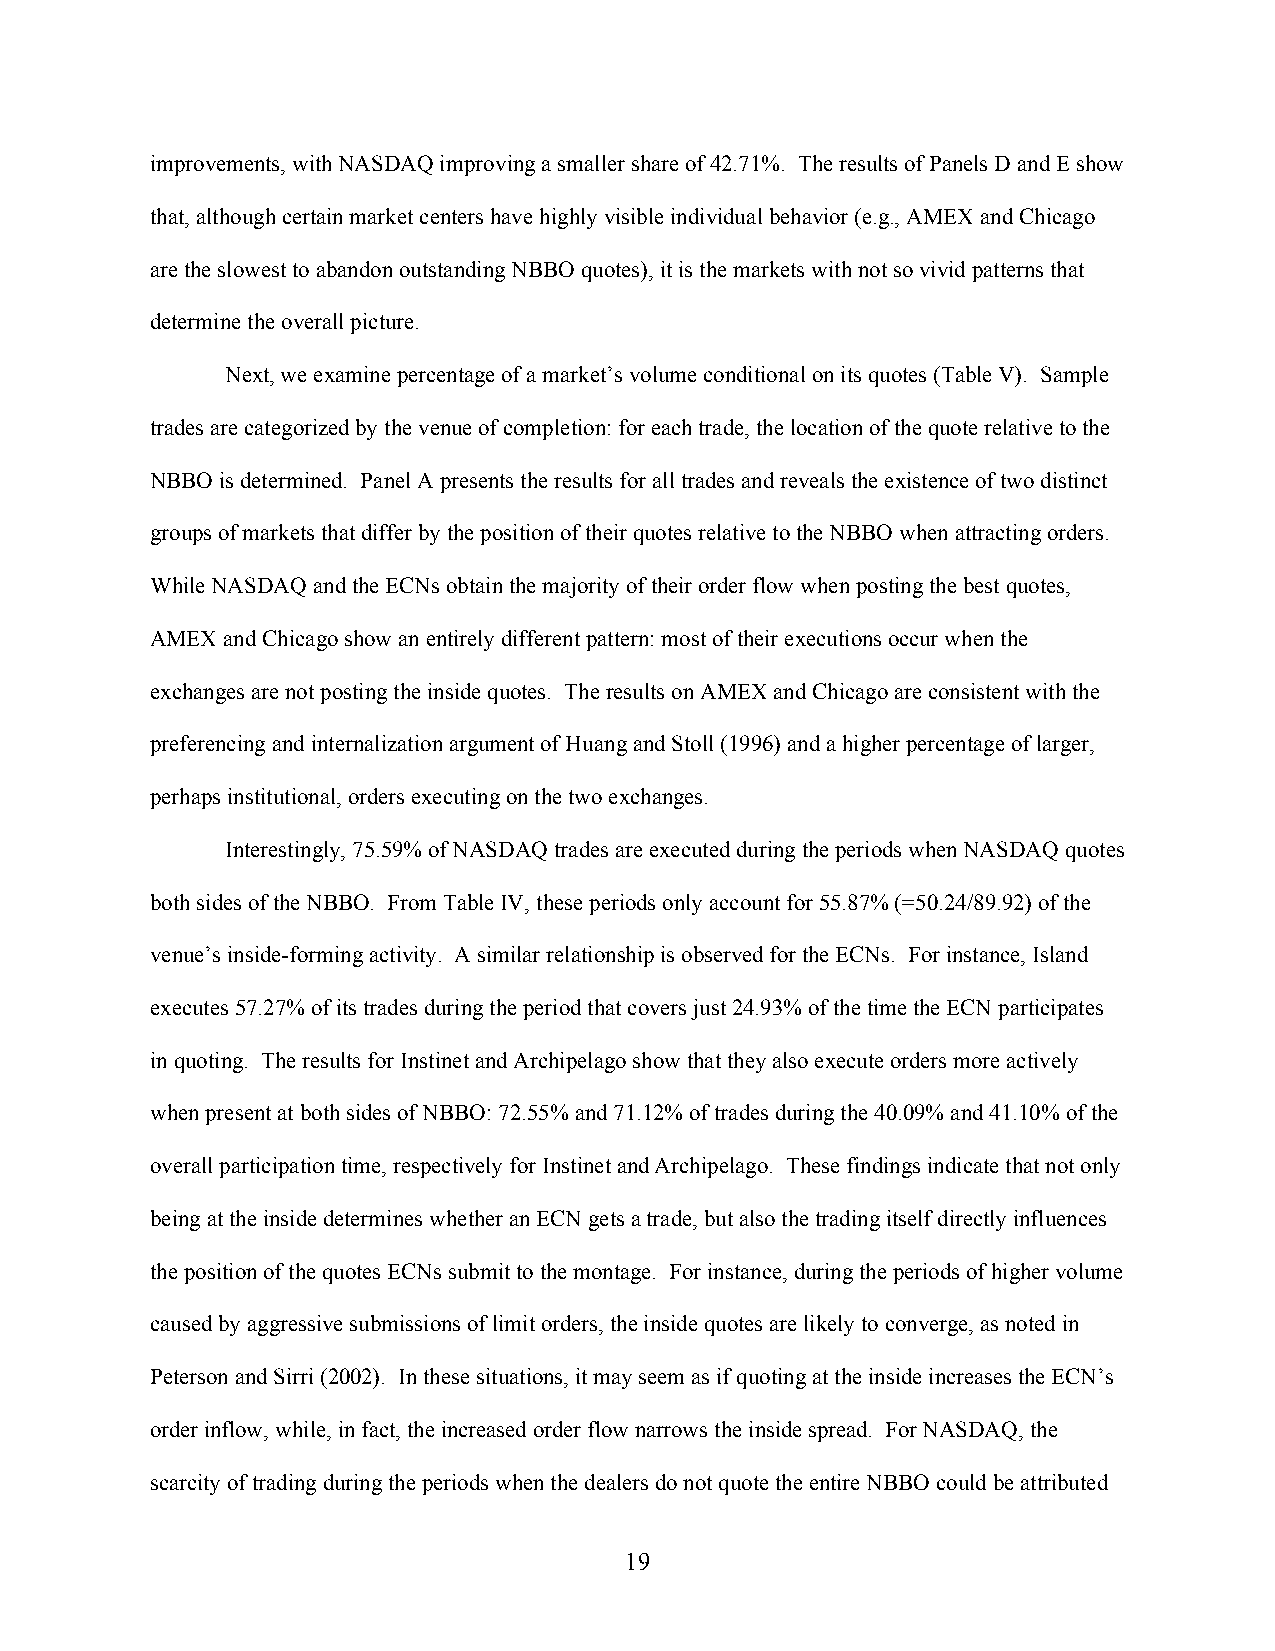
improvements, with NASDAQ improving a smaller share of 42.71%. The results of Panels D and E show
 that, although certain market centers have highly visible individual behavior (e.g., AMEX and Chicago
 are the slowest to abandon outstanding NBBO quotes), it is the markets with not so vivid patterns that
 determine the overall picture.
 Next, we examine percentage of a market’s volume conditional on its quotes (Table V). Sample
 trades are categorized by the venue of completion: for each trade, the location of the quote relative to the
 NBBO is determined. Panel A presents the results for all trades and reveals the existence of two distinct
 groups of markets that differ by the position of their quotes relative to the NBBO when attracting orders.
 While NASDAQ and the ECNs obtain the majority of their order flow when posting the best quotes,
 AMEX and Chicago show an entirely different pattern: most of their executions occur when the
 exchanges are not posting the inside quotes. The results on AMEX and Chicago are consistent with the
 preferencing and internalization argument of Huang and Stoll (1996) and a higher percentage of larger,
 perhaps institutional, orders executing on the two exchanges.
 Interestingly, 75.59% of NASDAQ trades are executed during the periods when NASDAQ quotes
 both sides of the NBBO. From Table IV, these periods only account for 55.87% (=50.24/89.92) of the
 venue’s inside-forming activity. A similar relationship is observed for the ECNs. For instance, Island
 executes 57.27% of its trades during the period that covers just 24.93% of the time the ECN participates
 in quoting. The results for Instinet and Archipelago show that they also execute orders more actively
 when present at both sides of NBBO: 72.55% and 71.12% of trades during the 40.09% and 41.10% of the
 overall participation time, respectively for Instinet and Archipelago. These findings indicate that not only
 being at the inside determines whether an ECN gets a trade, but also the trading itself directly influences
 the position of the quotes ECNs submit to the montage. For instance, during the periods of higher volume
 caused by aggressive submissions of limit orders, the inside quotes are likely to converge, as noted in
 Peterson and Sirri (2002). In these situations, it may seem as if quoting at the inside increases the ECN’s
 order inflow, while, in fact, the increased order flow narrows the inside spread. For NASDAQ, the
 scarcity of trading during the periods when the dealers do not quote the entire NBBO could be attributed
 19